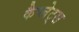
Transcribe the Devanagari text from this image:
कैप्लेट्स